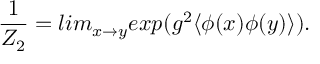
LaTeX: \frac { 1 } { Z _ { 2 } } = l i m _ { x \rightarrow y } e x p ( g ^ { 2 } \langle \phi ( x ) \phi ( y ) \rangle ) .